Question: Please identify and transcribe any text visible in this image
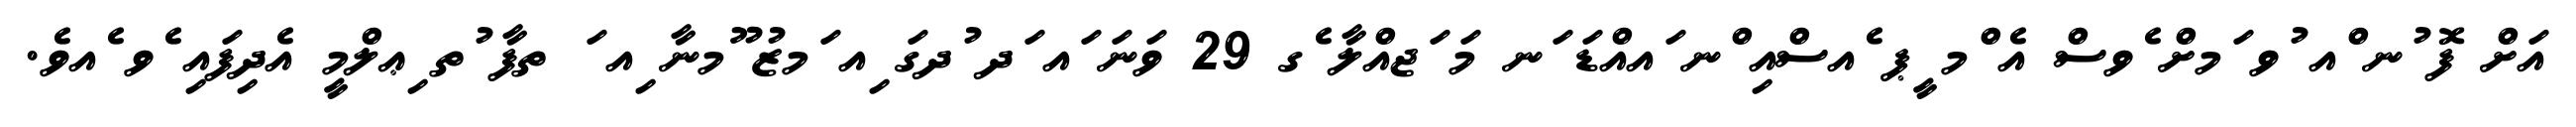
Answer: އަށް ފޮ ުނ ްއ ުވ ަމށް ެވސް އެ ްމ ީޕ ެއސްއި ްނ ައއްޑަ ަނ މަ ަޖއްލާ ެގ 29 ވަނަ ައ ަދ ުދގަ ިއ ަމޒު ޫމނާ ިއ ަ ތފާ ުތ ިޢލްމީ އެދިފައި ެވ ެއވެ.